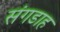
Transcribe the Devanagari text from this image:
संगडाह